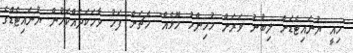
"މިއީ ޔުނައިޓެޑަށް ލިބުނު ވަރަށް މުހިންމު މޮޅެއް" މެޗަށް ފަހު ވާހަކަދައްކަމުން ޔުނައިޓެޑްގެ